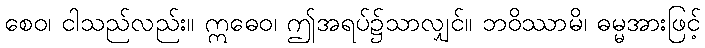
စေဝ၊ ငါသည်လည်း။ ဣဓေဝ၊ ဤအရပ်၌သာလျှင်။ ဘဝိဿာမိ၊ ဓမ္မအားဖြင့်